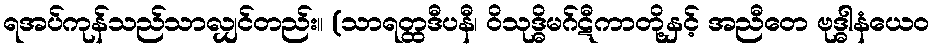
ရအပ်ကုန်သည်သာလျှင်တည်း။ (သာရတ္ထဒီပနီ၊ ဝိသုဒ္ဓိမဂ်ဋီကာတို့နှင့် အညီတေ ဗုဒ္ဓါနံယေဝ